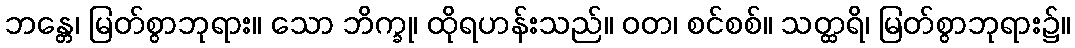
ဘန္တေ၊ မြတ်စွာဘုရား။ သော ဘိက္ခု၊ ထိုရဟန်းသည်။ ဝတ၊ စင်စစ်။ သတ္ထရိ၊ မြတ်စွာဘုရား၌။